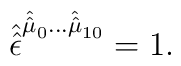
\hat{\hat{\epsilon}}^{\hat{\hat{\mu}}_{0}\ldots\hat{\hat{\mu}}_{10}} = 1.